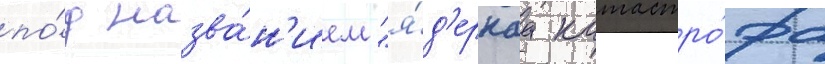
по́д назва́н'ием "я́д'ернаа катастро́фа